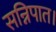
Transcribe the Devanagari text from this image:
सन्निपात।